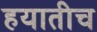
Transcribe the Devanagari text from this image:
हयातीच